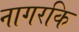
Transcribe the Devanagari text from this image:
नागरकि